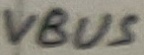
Text: VBUS